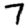
Digit: 7